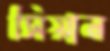
সিয়ান